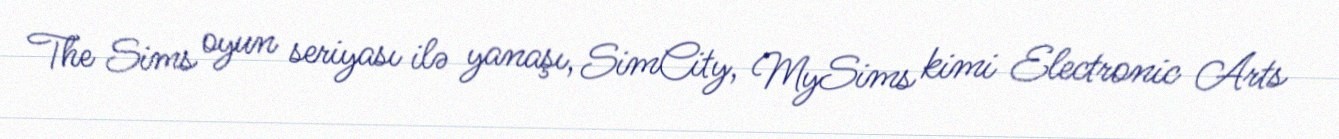
The Sims oyun seriyası ilə yanaşı, SimCity, MySims kimi Electronic Arts